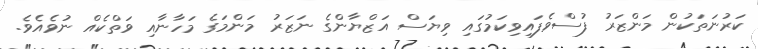
ކަރުނަތަކުން މަންޒަރު ފުސްވެފައިވިކަމުގައި ވިޔަސް އަޒްޔާންގެ ނަޒަރު މަންމަގެ މަހާނާއި ވަތްކެއް ނުވެއެވެ.